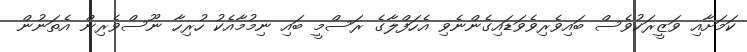
ކަމަށާއި ވަޒީރަކުވެސް ބައިވެރިވެވަޑައިގެންނެވި އެހަފްލާގެ ރަސްމީ ބައި ނިމުމާއެކު ހުރިހާ ނޫސްވެރިން އެތަނުން